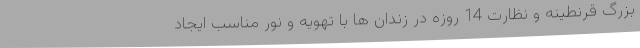
بزرگ قرنطینه و نظارت 14 روزه در زندان ها با تهویه و نور مناسب ایجاد